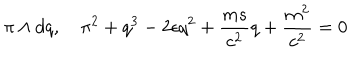
LaTeX: \pi \wedge d q , \quad \pi ^ { 2 } + q ^ { 3 } - 2 \epsilon q ^ { 2 } + \frac { m s } { c ^ { 2 } } q + \frac { m ^ { 2 } } { c ^ { 2 } } = 0